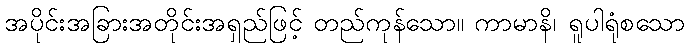
အပိုင်းအခြားအတိုင်းအရှည်ဖြင့် တည်ကုန်သော။ ကာမာနိ၊ ရူပါရုံစသော